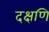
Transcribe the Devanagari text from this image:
दक्षणि